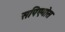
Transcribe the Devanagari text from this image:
सपिएगोस